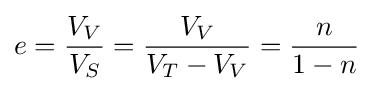
e={\frac {V_{V}}{V_{S}}}={\frac {V_{V}}{V_{T}-V_{V}}}={\frac {n}{1-{n}}}